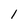
Character: 1